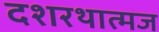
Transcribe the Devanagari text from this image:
दशरथात्मज